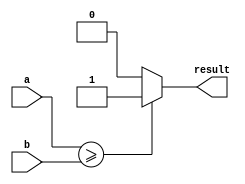
module comparator (
    input [7:0] a,
    input [7:0] b,
    output reg result
);

always @* begin
    if (a >= b) begin
        result <= 1;
    end else begin
        result <= 0;
    end
end

endmodule